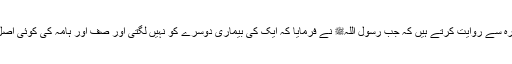
1486: ابو سلمہ بن عبدالرحمن سیدنا ابو ہریرہؓ سے روایت کرتے ہیں کہ جب رسول اللہﷺ نے فرمایا کہ ایک کی بیماری دوسرے کو نہیں لگتی اور صف اور ہامہ کی کوئی اصل نہیں تو ایک دیہاتی بولا کہ یا رسول اللہﷺ!